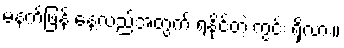
မနက်ဖြန် နေ့လည်အတွက် ရနိုင်တဲ့ ကွင်း ရှိလား။